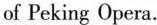
of Peking Opera.